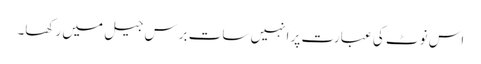
اس نوٹ کی عبارت پر انہیں سات برس جیل میں رکھا۔